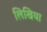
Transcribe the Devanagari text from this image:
लिखिया